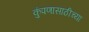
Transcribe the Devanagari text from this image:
कुंपणासाठीच्या